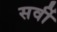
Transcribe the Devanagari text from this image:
सर्वी